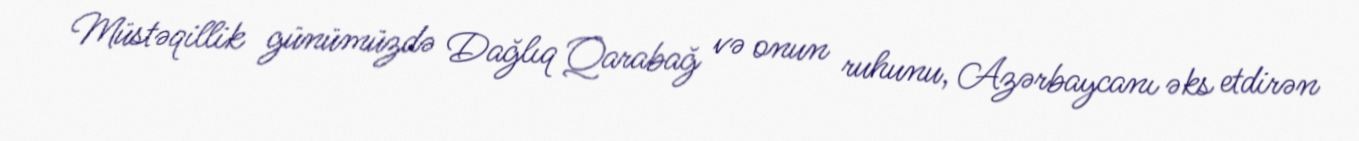
Müstəqillik günümüzdə Dağlıq Qarabağ və onun ruhunu, Azərbaycanı əks etdirən